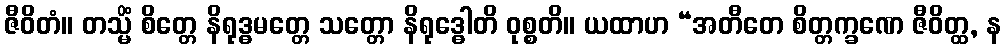
ဇီဝိတံ။ တသ္မိံ စိတ္တေ နိရုဒ္ဓမတ္တေ သတ္တော နိရုဒ္ဓေါတိ ဝုစ္စတိ။ ယထာဟ “အတီတေ စိတ္တက္ခဏေ ဇီဝိတ္ထ, န